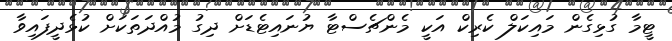
ޓީމާ ގުޅިގެން މައިކަލް ކެރިކް އަކީ މެންޗެސްޓާ ޔުނައިޓެޑަށް ދިގު މުއްދަތަކަށް ކުޅެދީފައިވާ